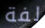
لفة